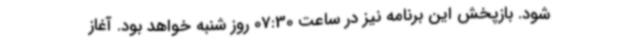
شود. بازپخش این برنامه نیز در ساعت‌ 07:30 روز شنبه خواهد بود. آغاز